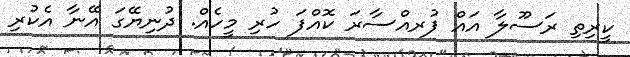
ކީރިތި ރަސޫލާ އައް ފުރއްސާރަ ކޮއްފަ ހުރި މީހެއް. ދުނިޔޭގަ އޭނާ އެކުރި